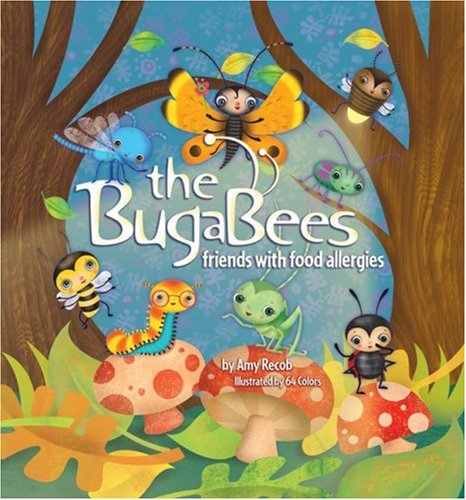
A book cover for The Bugabees: Friends With Food Allergies; Amy Recob; Health, Fitness & Dieting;